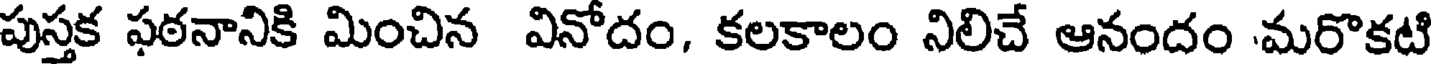
పుస్తక ఫఠనానికి మించిన వినోదం, కలకాలం నిలిచే ఆనందం మరొకటి